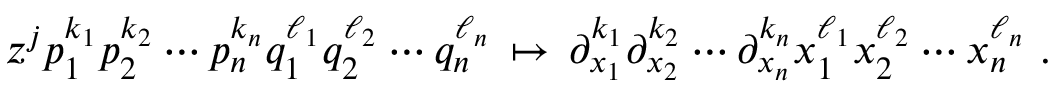
z ^ { j } p _ { 1 } ^ { k _ { 1 } } p _ { 2 } ^ { k _ { 2 } } \cdots p _ { n } ^ { k _ { n } } q _ { 1 } ^ { \ell _ { 1 } } q _ { 2 } ^ { \ell _ { 2 } } \cdots q _ { n } ^ { \ell _ { n } } \, \mapsto \, \partial _ { x _ { 1 } } ^ { k _ { 1 } } \partial _ { x _ { 2 } } ^ { k _ { 2 } } \cdots \partial _ { x _ { n } } ^ { k _ { n } } x _ { 1 } ^ { \ell _ { 1 } } x _ { 2 } ^ { \ell _ { 2 } } \cdots x _ { n } ^ { \ell _ { n } } ~ .